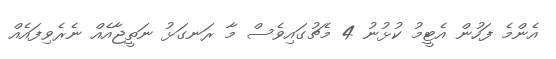
އެންމެ ފަހުން އެޓީމު ކުޅުނު 4 މެޗުގައިވެސް މާ ރަނގަޅު ނަތީޖާއެއް ނެރެވިފައެއް